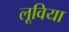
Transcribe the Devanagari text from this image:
लूविया